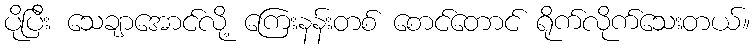
ပိုပြီး သေချာအောင်လို့ ကြေးနန်းတစ် စောင်တောင် ရိုက်လိုက်သေးတယ်။